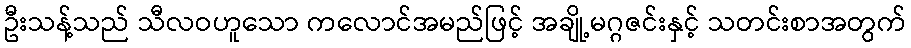
ဦးသန့်သည် သီလဝဟူသော ကလောင်အမည်ဖြင့် အချို့မဂ္ဂဇင်းနှင့် သတင်းစာအတွက်